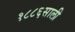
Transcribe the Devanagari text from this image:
१८८६साली